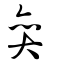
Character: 弈